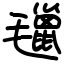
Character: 㲱